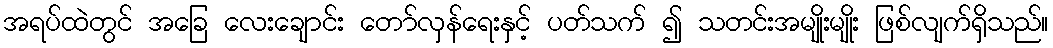
အရပ်ထဲတွင် အခြေ လေးချောင်း တော်လှန်ရေးနှင့် ပတ်သက် ၍ သတင်းအမျိုးမျိုး ဖြစ်လျက်ရှိသည်။